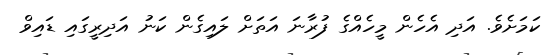
ކަމަށެވެ. އަދި އެހެން މީހެއްގެ ފުރާނަ އަތަށް ލައިގެން ކަނު އަދިރީގައި ޑައިވް